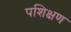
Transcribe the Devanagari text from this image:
पशिक्षण